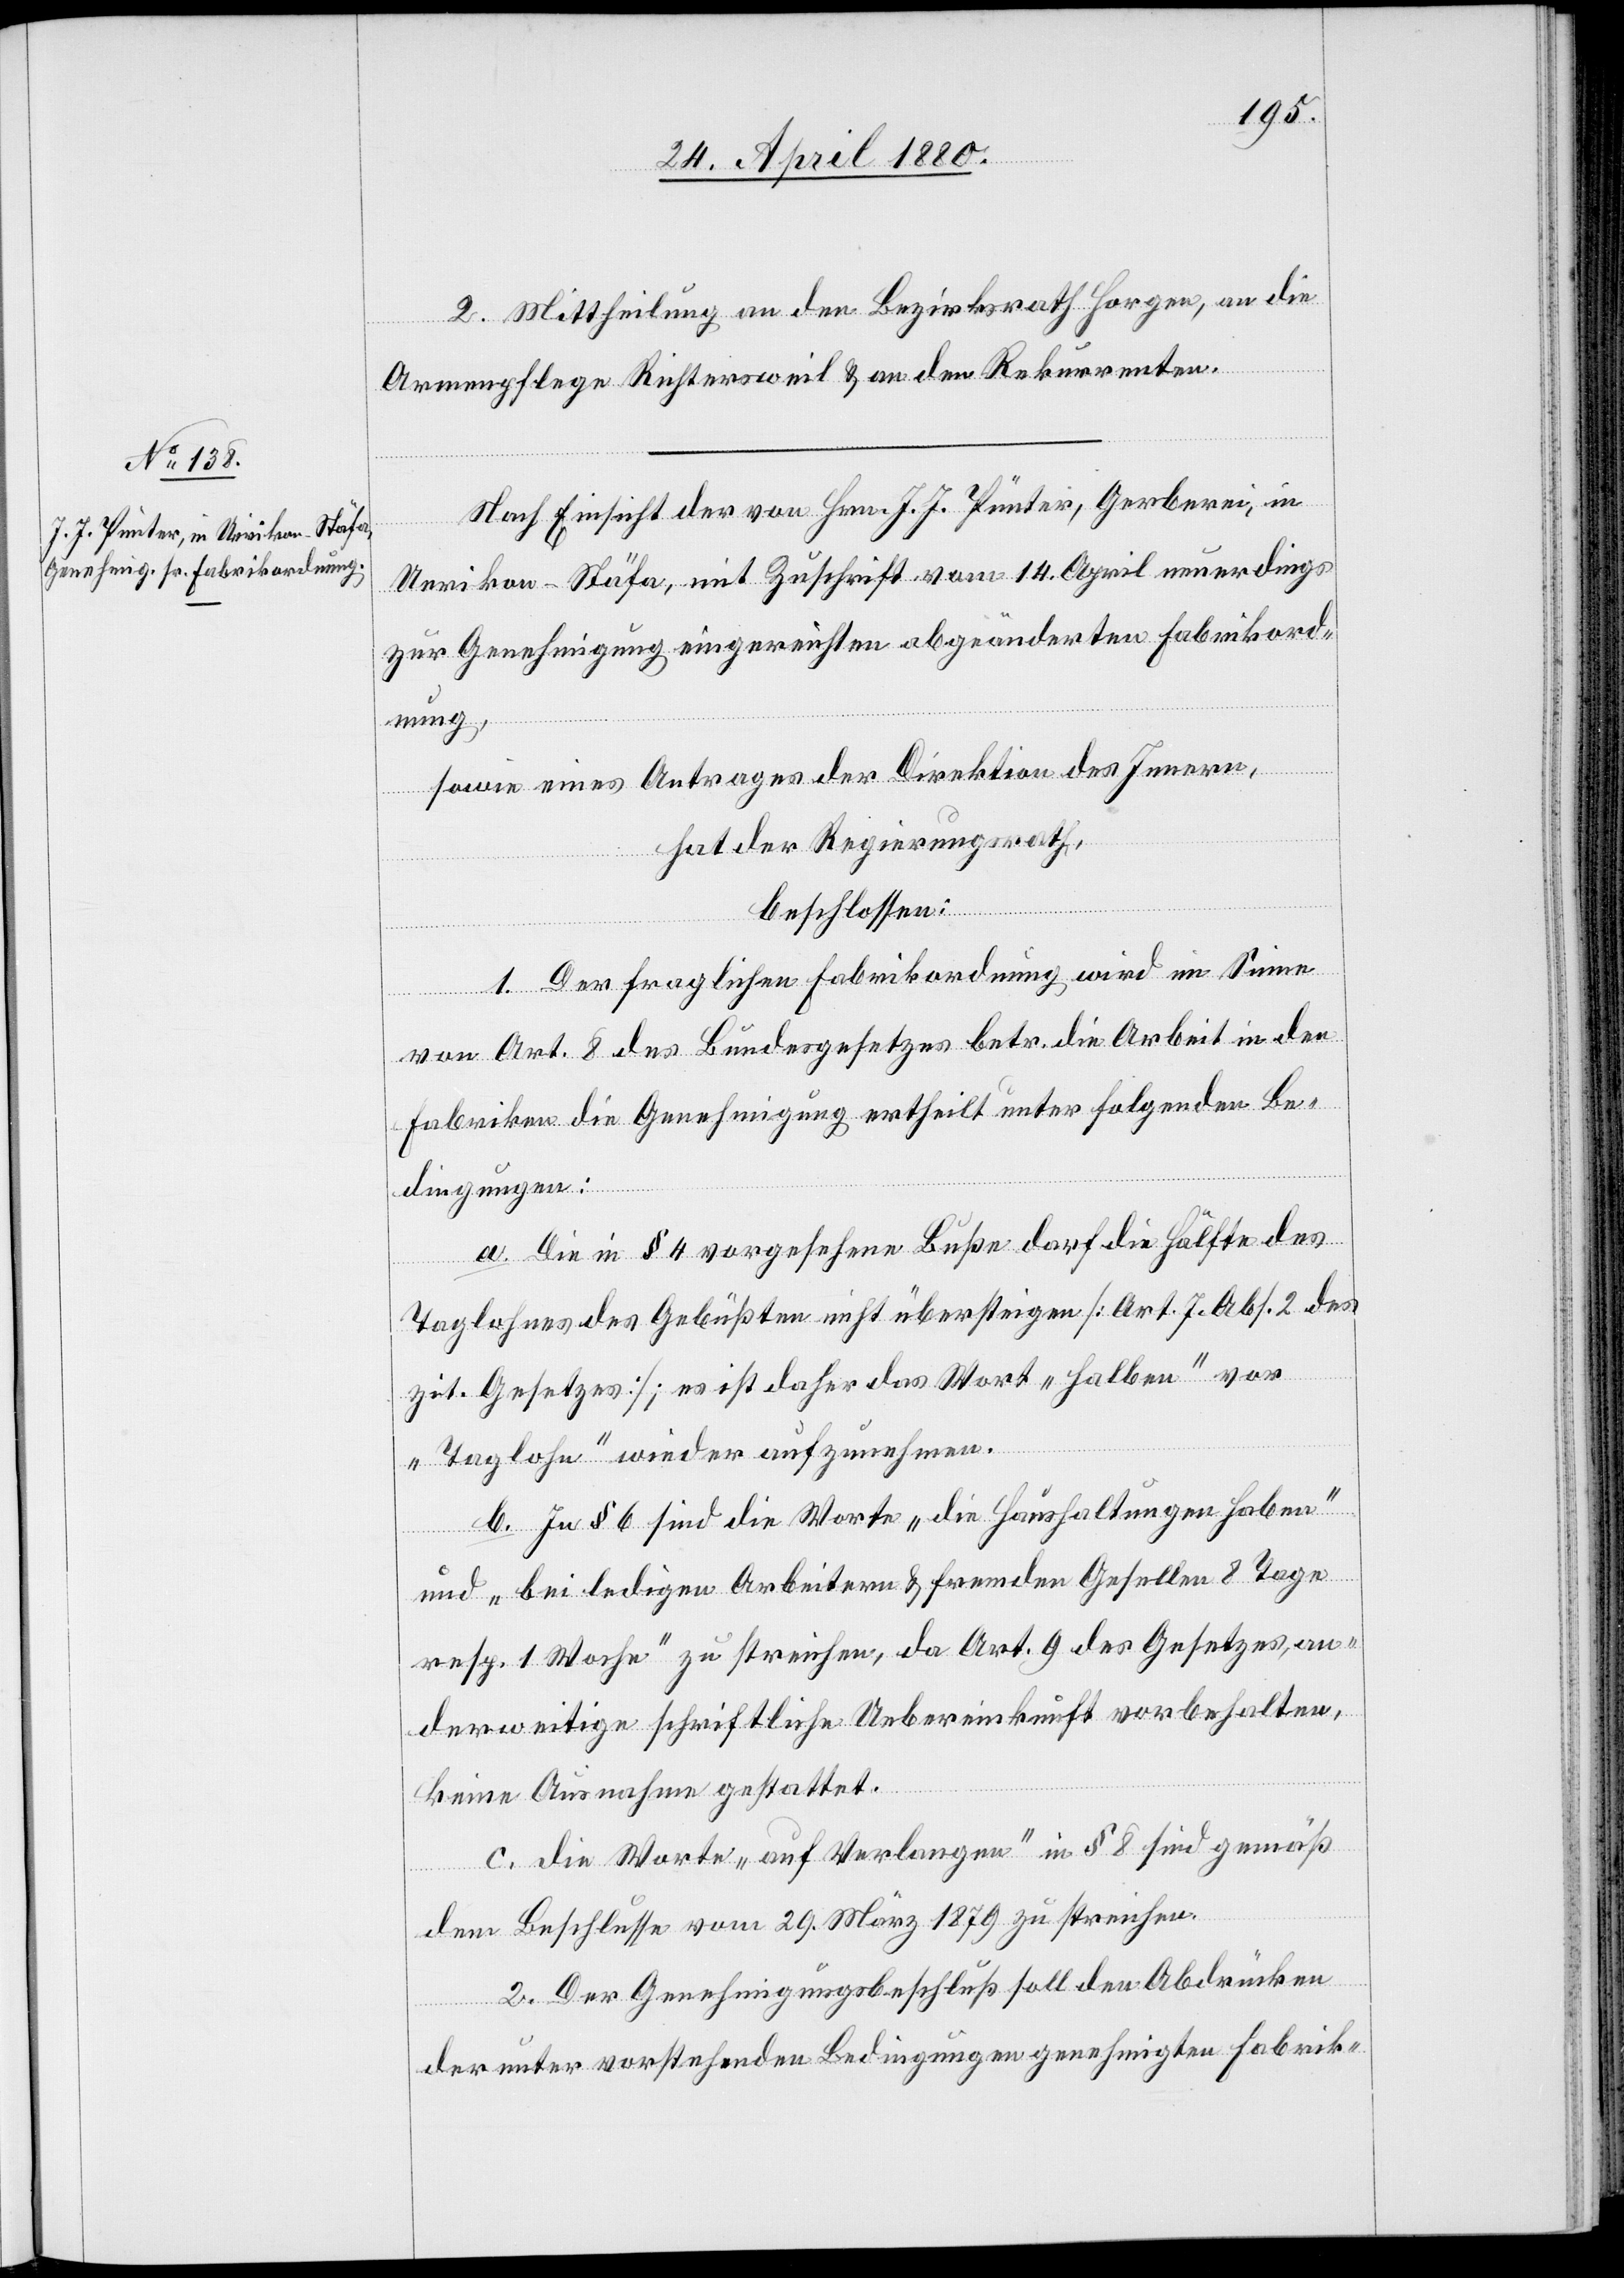
2. Mittheilung an den Bezirksrath Horgen, an die
Armenpflege Richtersweil & an den Rekurrenten.
Nach Einsicht der von Hrn. J. J. Pünter, Gerberei, in
Uerikon - Stäfa, mit Zuschrift vom 14. April neuerdings
zur Genehmigung eingereichten abgeänderten Fabrikord¬
nung,
sowie eines Antrages der Direktion des Innern,
hat der Regierungsrath;
beschlossen:
1. Der fraglichen Fabrikordnung wird im Sinne
von Art. 8 des Bundesgesetzes betr. die Arbeit in den
Fabriken die Genehmigung ertheilt unter folgenden Be¬
dingungen:
a. Die in § 4 vorgesehene Buße darf die Hälfte des
Taglohnes des Gebüßten nicht übersteigen [Art. 7 Abs. 2 des
zit. Gesetzes]; es ist daher das Wort „halben“ vor
„Taglohn“ wieder aufzunehmen.
b. In § 6 sind die Worte „die Haushaltungen haben“
und „bei ledigen Arbeitern & fremden Gesellen 8 Tage
resp. 1 Woche“ zu streichen, da Art. 9 des Gesetzes an¬
derweitige schriftliche Uebereinkunft vorbehalten,
keine Ausnahme gestattet.
c. Die Worte „auf Verlangen“ in § 8 sind gemäß
dem Beschlusse vom 29. März 1879 zu streichen.
2. Der Genehmigungsbeschluß soll den Abdrücken
der unter vorstehenden Bedingungen genehmigten Fabrik-